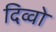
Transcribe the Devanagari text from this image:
दिव्वो